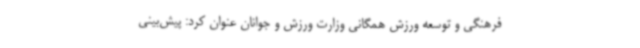
فرهنگی و توسعه ورزش همگانی وزارت ورزش و جوانان عنوان کرد: پیش‌بینی